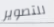
للتصوير